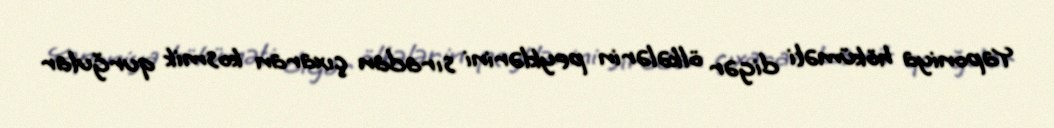
Yaponiya höküməti digər ölkələrin peyklərini sıradan çıxaran kosmik qurğular